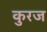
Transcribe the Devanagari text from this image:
कुरज